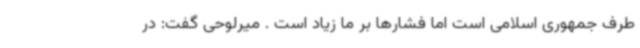
طرف جمهوری اسلامی است اما فشارها بر ما زیاد است . میرلوحی گفت: در